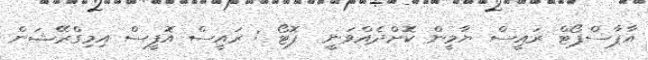
އާޕާސްޕޯޓް ރައީސް ޔާމީން ކޮށްދެއްވަނީ  ފޮޓޯ : ރައީސް އޮފީސް އިމިގްރޭޝަން